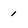
Character: 1